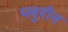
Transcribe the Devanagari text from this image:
प्लुराँन